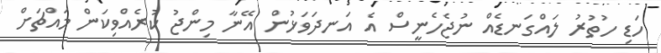
ހަޑި ހުތުރު ލައްގަނޑެއް ނުޖެހެނީސް އެ އަނދަވަޅުން އޭނާ މިންޖު ކުރެއްވިކަން މައްޗަށް